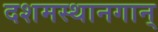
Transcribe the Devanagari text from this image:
दशमस्थानगान्